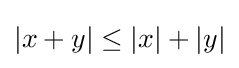
|x+y|\leq |x|+|y|